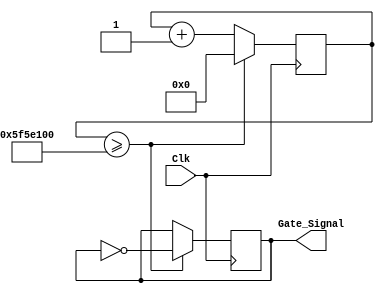
`timescale 1ns / 1ps
//////////////////////////////////////////////////////////////////////////////////
// Company: 
// Engineer: 
// 
// Design Name: 
// Module Name: GateSignal
// Project Name: 
// Target Devices: 
// Tool Versions: 
// Description: 
// 
// Dependencies: 
// 
// Revision:
// Revision 0.01 - File Created
// Additional Comments:
// 
//////////////////////////////////////////////////////////////////////////////////
module GateSignal (
    input Clk,
    output reg Gate_Signal
    );
    reg[27:0] Clk_Count;
    always @(posedge Clk)   //set 1s gate signal
    begin
        if (Clk_Count>=27'd100000000) 
            begin
                Clk_Count<=28'b0;
                Gate_Signal<=~Gate_Signal;
            end
        else
            Clk_Count<=Clk_Count+28'b1;
        
    end
endmodule